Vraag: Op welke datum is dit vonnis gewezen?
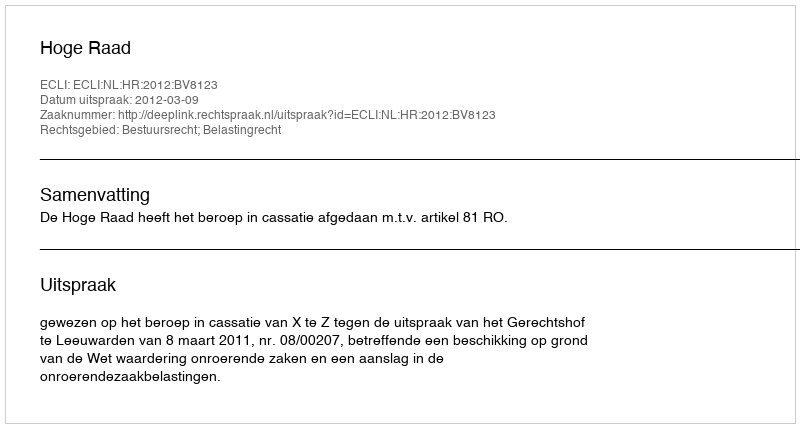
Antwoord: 2012-03-09